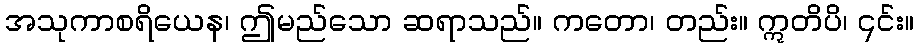
အသုကာစရိယေန၊ ဤမည်သော ဆရာသည်။ ကတော၊ တည်း။ ဣတိပိ၊ ၎င်း။